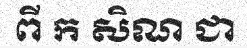
ពី ក សិណ ជា